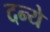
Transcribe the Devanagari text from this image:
दन्ये